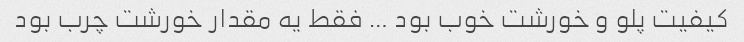
کیفیت پلو و خورشت خوب بود … فقط یه مقدار خورشت چرب بود